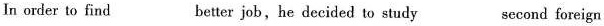
In order to find better job,he decided to study second foreign